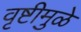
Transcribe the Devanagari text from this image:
वृष्टीमुळे